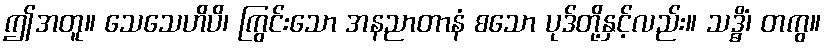
ဤအတူ။ သေသေဟိပိ၊ ကြွင်းသော အနညာတာနံ စသော ပုဒ်တို့နှင့်လည်း။ သဒ္ဓိံ၊ တကွ။